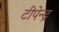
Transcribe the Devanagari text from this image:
टीपेन्द्र